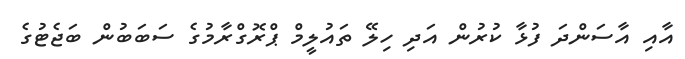
އާއި އާސަންދަ ފުޅާ ކުރުން އަދި ހިލޭ ތައުލީމް ޕްރޮގްރާމުގެ ސަބަބުން ބަޖެޓުގެ